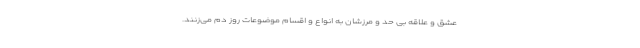
عشق و علاقه بی حد و مرزشان به انواع و اقسام موضوعات روز دم می‌زنند.